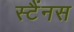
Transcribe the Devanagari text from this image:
स्टैंनस